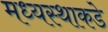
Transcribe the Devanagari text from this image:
मध्यस्थाकडे